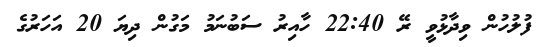
ފުލުހުން ވިދާޅުވީ ރޭ 22:40 ހާއިރު ސަބުނަމު މަގުން ދިޔަ 20 އަހަރުގެ